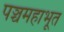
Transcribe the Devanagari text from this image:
पञ्चमहाभूत